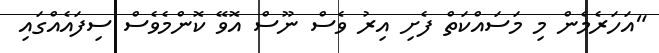
"އަހަރެމެން މި މަސައްކަތް ފެށި އިރު ވެސް ނޫސް އޮވޭ ކޮންމެވެސް ސިފައެއްގައި